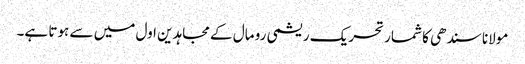
مولانا سندھی کا شمار تحریک ریشمی رو مال کے مجاہدین اول میں سے ہوتا ہے۔